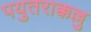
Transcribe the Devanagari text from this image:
पयुतराक्कल्लु